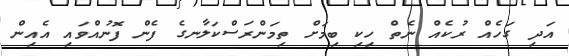
އަދި ގަހެއް ރުކެއް ނެތް ހިކި ބިމަށް ތިމަންރަސްކަލާނގެ ފެން ފޮނުއްވައި އެއިން